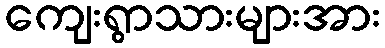
ကျေးရွာသားများအား